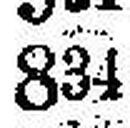
834